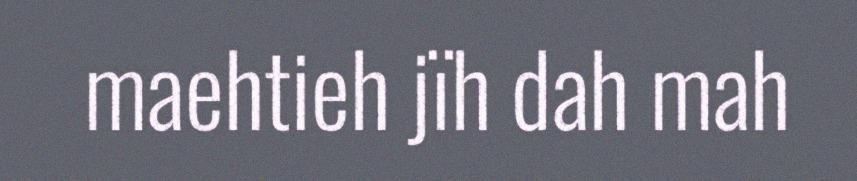
maehtieh jïh dah mah